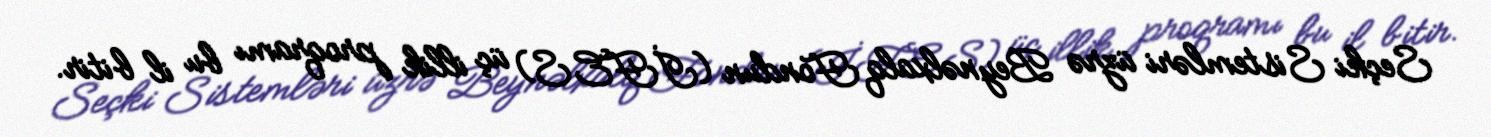
Seçki Sistemləri üzrə Beynəlxalq Fondun (İFES) üç illik proqramı bu il bitir.